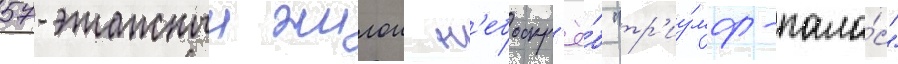
57-этажныи жилои н'ебоскр'ё́б "тр'иу́мф-пала́с"